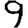
Digit: 9